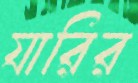
যারির